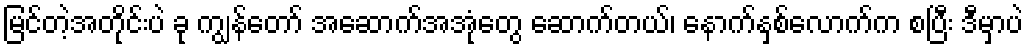
မြင်တဲ့အတိုင်းပဲ ခု ကျွန်တော် အဆောက်အအုံတွေ ဆောက်တယ်၊ နောက်နှစ်လောက်က စပြီး ဒီမှာပဲ